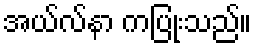
အယ်လ်နာ ကပြုံးသည်။